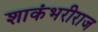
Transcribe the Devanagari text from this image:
शाकंभरीराज